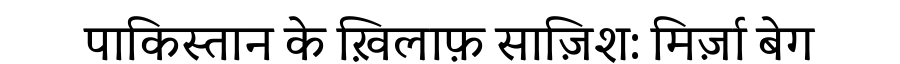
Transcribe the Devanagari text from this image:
पाकिस्तान के ख़िलाफ़ साज़िश: मिर्ज़ा बेग